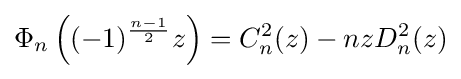
\Phi _{n}\left((-1)^{\frac {n-1}{2}}z\right)=C_{n}^{2}(z)-nzD_{n}^{2}(z)